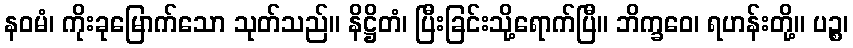
နဝမံ၊ ကိုးခုမြောက်သော သုတ်သည်။ နိဋ္ဌိတံ၊ ပြီးခြင်းသို့ရောက်ပြီ။ ဘိက္ခဝေ၊ ရဟန်းတို့။ ပဉ္စ၊